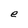
Character: e